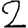
Digit: 2